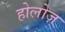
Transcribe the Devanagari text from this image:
होलोज़